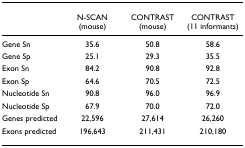
<table><thead><tr><td></td><td><b>N-SCAN (mouse)</b></td><td><b>CONTRAST (mouse)</b></td><td><b>CONTRAST (11 informants)</b></td></tr></thead><tbody><tr><td>Gene Sn</td><td>35.6</td><td>50.8</td><td>58.6</td></tr><tr><td>Gene Sp</td><td>25.1</td><td>29.3</td><td>35.5</td></tr><tr><td>Exon Sn</td><td>84.2</td><td>90.8</td><td>92.8</td></tr><tr><td>Exon Sp</td><td>64.6</td><td>70.5</td><td>72.5</td></tr><tr><td>Nucleotide Sn</td><td>90.8</td><td>96.0</td><td>96.9</td></tr><tr><td>Nucleotide Sp</td><td>67.9</td><td>70.0</td><td>72.0</td></tr><tr><td>Genes predicted</td><td>22,596</td><td>27,614</td><td>26,260</td></tr><tr><td>Exons predicted</td><td>196,643</td><td>211,431</td><td>210,180</td></tr></tbody></table>